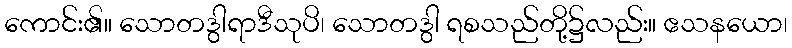
ကောင်း၏။ သောတဒွါရာဒီသုပိ၊ သောတဒွါ ရစသည်တို့၌လည်း။ ဧသနယော၊